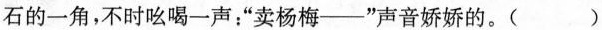
石的一角，不时吆喝一声”卖杨梅--”声音娇娇的。()